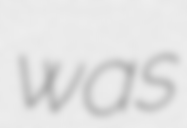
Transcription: was